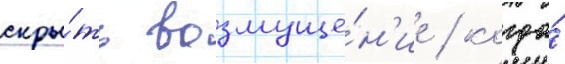
скры́ть возмуще́н'ие / когда́